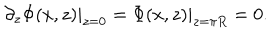
LaTeX: \left. \partial _ { z } \Phi ( x , z ) \right| _ { z = 0 } = \left. \Phi ( x , z ) \right| _ { z = \pi R } = 0 .